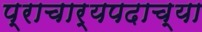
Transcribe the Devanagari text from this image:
प्राचार्यपदाच्या